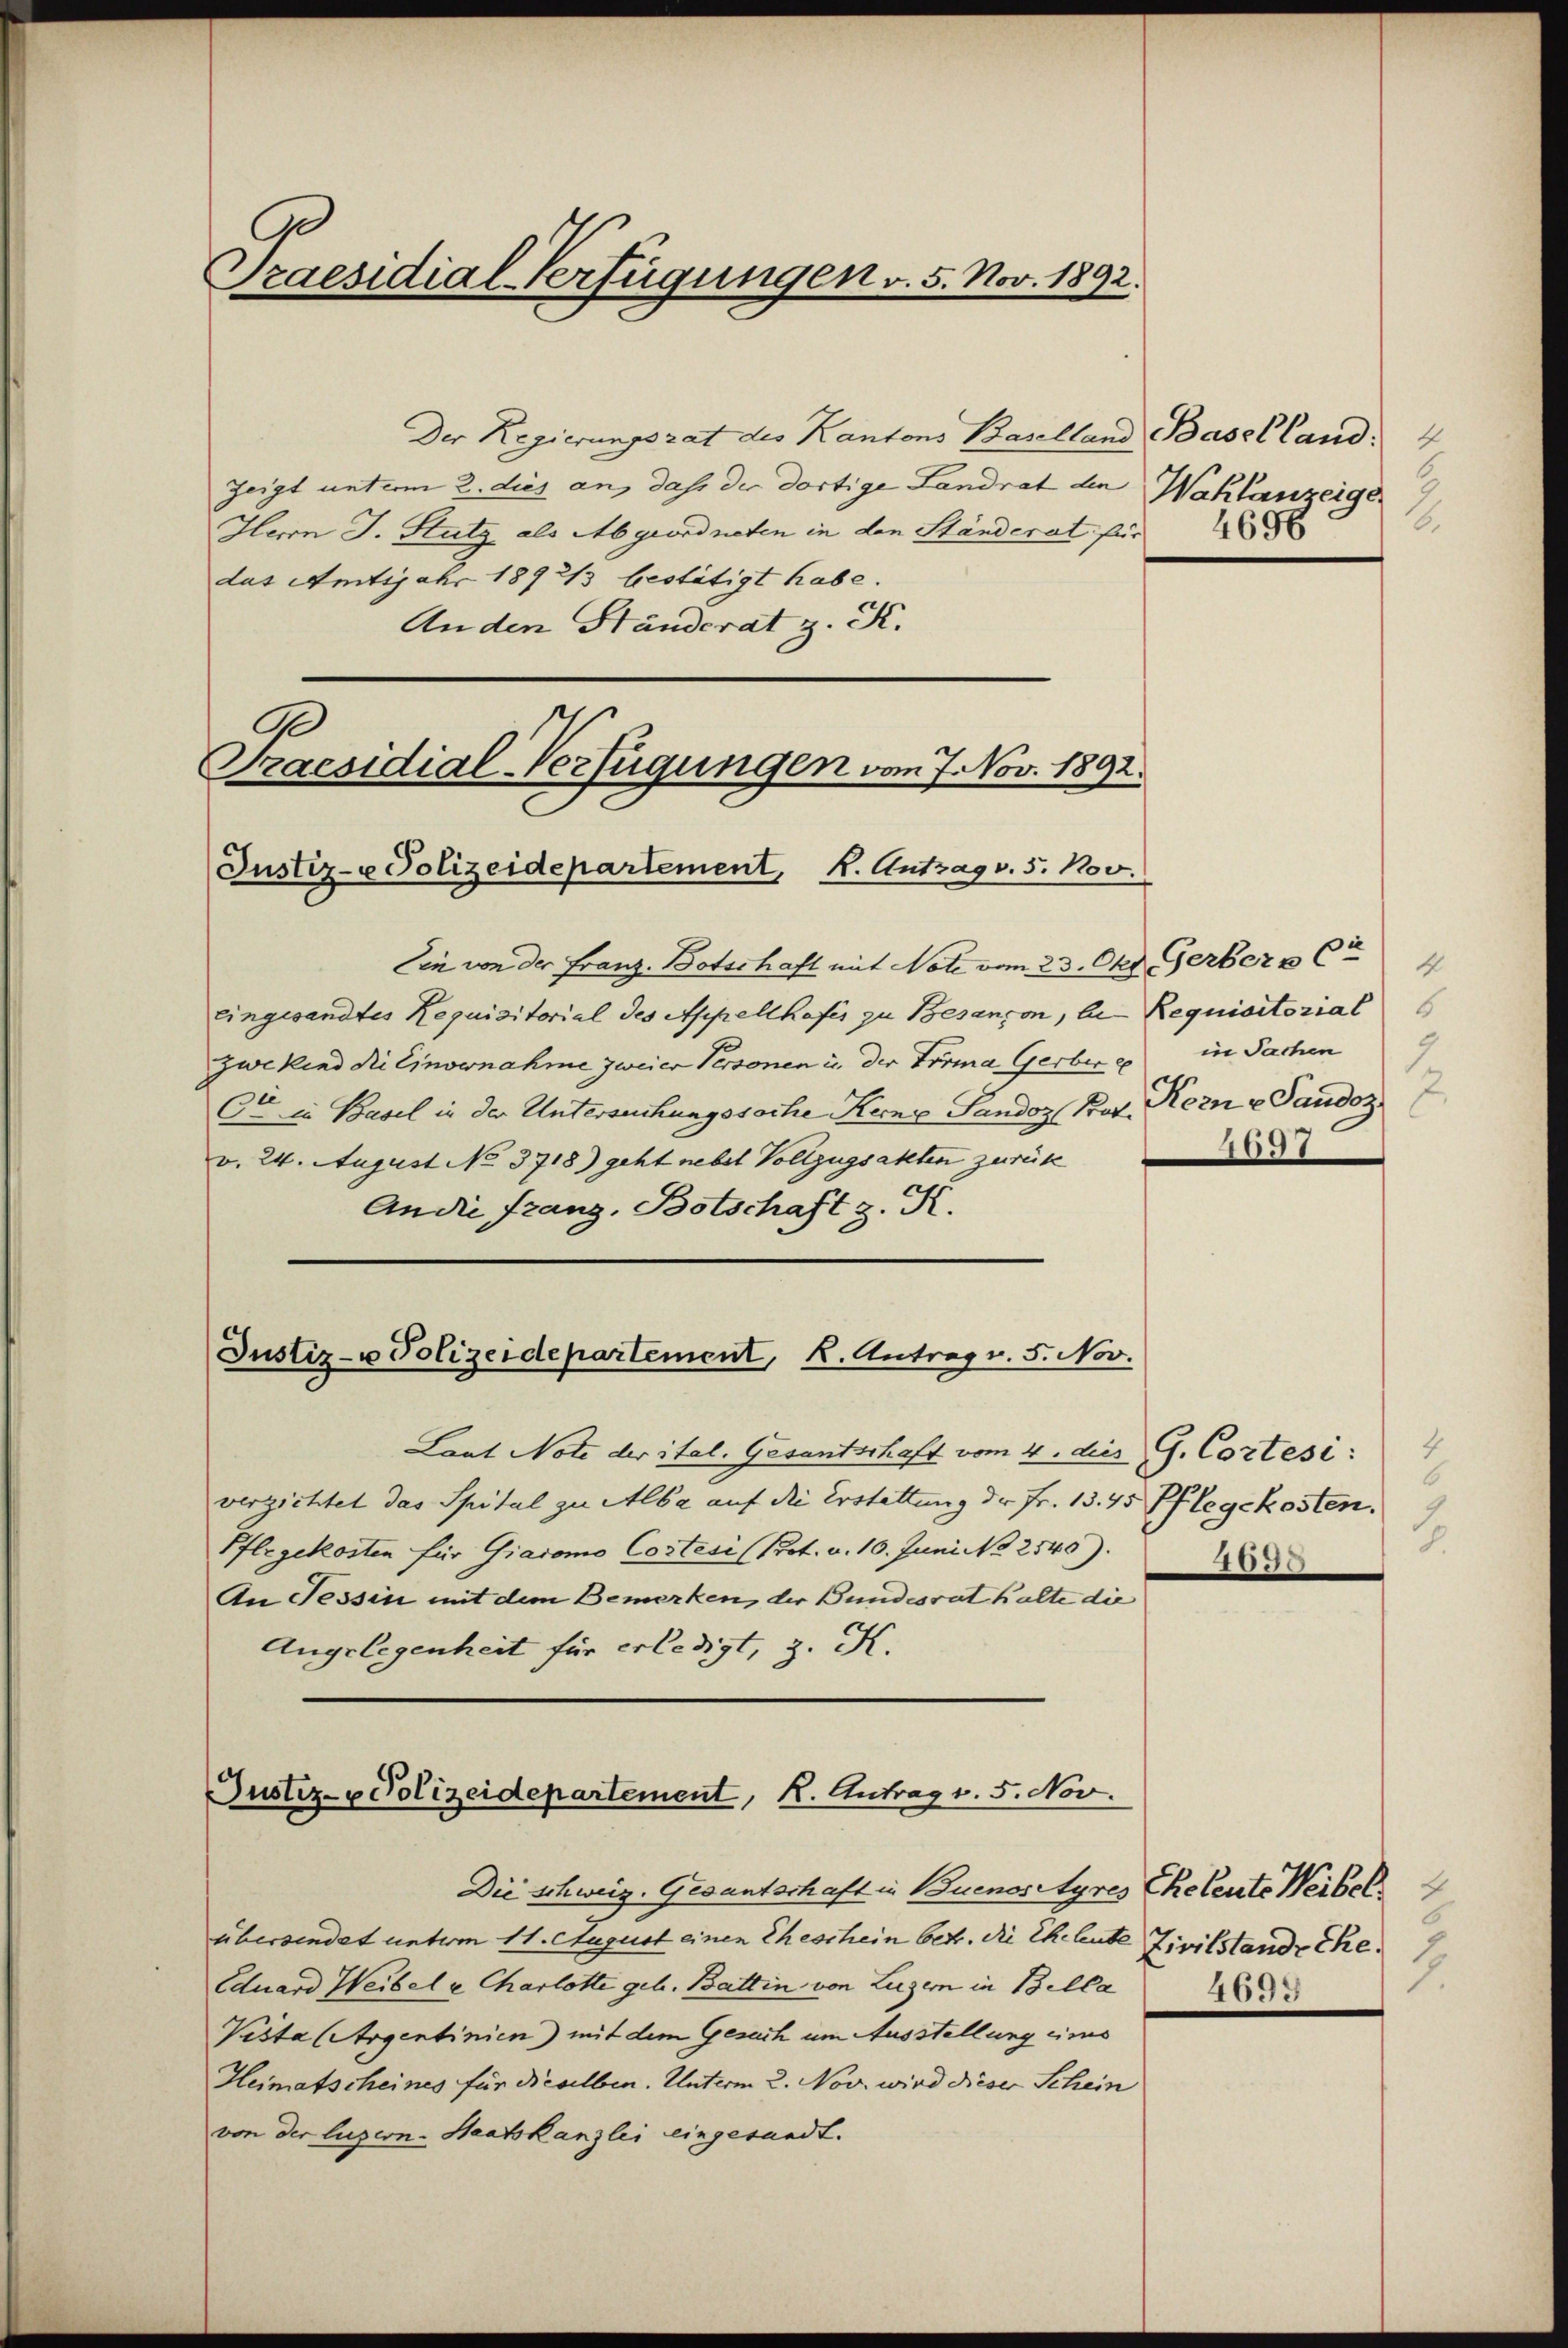
Praesidial-Verfügungen v. 5. Nov. 1892.

Der Regierungsrat des Kantons Baselland Baselland: 4
Zeigt unterm 2. dies an, dass der dortige Landrat den Wahlanzeige
Herrn J. Stutz als Abgeordneten in den Ständerat für
das Amtsjahr 1892/3 bestätigt habe.
Anden Ständerat z. K.

Praesidial-Verfügungen vom 7. Nov. 1892.
Justiz- u Polizeidepartement, K. Antrag v. 5. 100.

Justiz- u Polizeidepartement, k. Antrag v. 5. Nov.

Ein von der Franz-Botschaft mit Note vom 23. Okt. Gerber Cr
Eingesandtes Requisitorial des Appellhofes zu Besançon, be- Requisitorial
zwekind die Einvernahme zweier Personen in der Firma Gerber e
Cto in Basel in der Untersuchungssache Kenze Fandoz Bar. Kern u Pandoz
v. 24. August No 3718) geht nebel Vollzugsakten zurück
An die Franz, Botschaft z. K.

Lant Note der ital. Gesantschaft vom 4. dies G. Cortesi:
verzichtet das Spital zu Alba auf die Erstattung der Fr. 1345 Pflegekosten.
Pflegekosten für Giacomo Cartesi (Prot. v. 10. Juni No 2540).
An Tessin mit dem Bemerken, der Bundesrat halte die
Angelegenheit für erledigt, z. K.

Justiz- & Polizeidepartement, K. Antrag v. 5. Nov.

Die schweiz. Gesantschaft in Buenosityres Eheleute Weibel
übersendet unterm 11. August einen Eheschein betr. die Eheleute Zivilstande Ehe.
Eduard Weibel u Charlotte geb. Battin von Luzern in Bella
Vista (Argentinien) mit dem Gesuch um Ausstellung eines
Heimatscheines für dieselben. Unterm 2. Nov. wird dieser Schein
von der luzern Staatskanzlei eingesandt.

6.

in Sachen
2037

4
6
)
8.
4639

1
1.